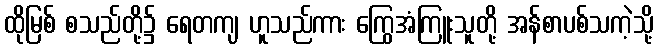
ထိုမြစ် စသည်တို့၌ ရေတကျ ဟူသည်ကား ကြွေအံကြူးသူတို့ အန်စာပစ်သကဲ့သို့